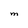
Character: M